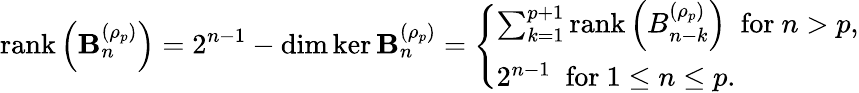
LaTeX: \operatorname{rank}\left(\mathbf{B}_{n}^{(\rho_{p})}\right)=2^{n-1}-\dim\ker\mathbf{B}_{n}^{(\rho_{p})}=\left\{ \begin{array}{ll}{\sum_{k=1}^{p+1}\operatorname{rank}\left(B_{n-k}^{(\rho_{p})}\right)\; \mathrm{~for~}n>p,}\\ {2^{n-1}\; \mathrm{~for~}1\leq n\leq p.}\end{array}\right.